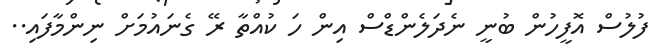
ފުލުސް އޮފީހުން ބުނީ ނެދަލެންޑްސް އިން ހަ ކުއްތާ ރޭ ގެނައުމަށް ނިންމާފައި..